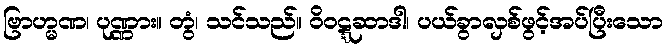
ဗြာဟ္မဏ၊ ပုဏ္ဏား။ တွံ၊ သင်သည်။ ဝိဝဋ္ဋဆာဒါ၊ ပယ်ခွာလှစ်ဖွင့်အပ်ပြီးသော